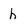
Character: h